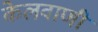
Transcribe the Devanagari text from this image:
केलवाणी